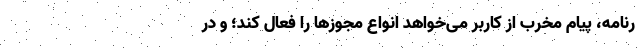
رنامه، پیام مخرب از کاربر می‌خواهد انواع مجوز‌ها را فعال کند؛ و در